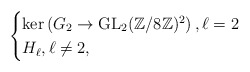
\begin{align*}\begin{cases}\operatorname{ker}\left(G_2 \to \operatorname{GL}_2(\mathbb{Z}/8\mathbb{Z})^2 \right), \ell=2 \\H_\ell, \ell \neq 2,\end{cases}\end{align*}